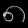
Digit: ၈